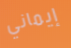
إيماني